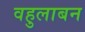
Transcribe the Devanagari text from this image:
वहुलाबन